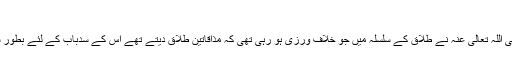
(صحیح مسلم)
لہٰذا ثابت ہوا کہ حضرت عمر رضی اللہ تعالیٰ عنہ نے طلاق کے سلسلہ میں جو خلاف ورزی ہو رہی تھی کہ مذاقاتین طلاق دیتے تھے اس کے سدِباب کے لئے بطور سزا اس طلاق کو ان پر نافذ کر دیا۔